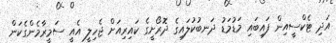
އަދި ޓެކްސީއިން ފައިބައި މަޑުމަޑު ދަނބުކުލައިގެ ދޮރޯށީގެ ކައިރިއަށް ޖެހިލީ އެއީ ސަމީރާމެންގެކަން